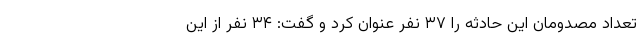
تعداد مصدومان این حادثه را ۳۷ نفر عنوان کرد و گفت: ۳۴ نفر از این